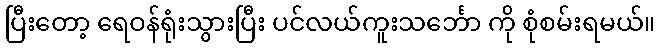
ပြီးတော့ ရေဝန်ရုံးသွားပြီး ပင်လယ်ကူးသင်္ဘော ကို စုံစမ်းရမယ်။